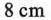
8cm